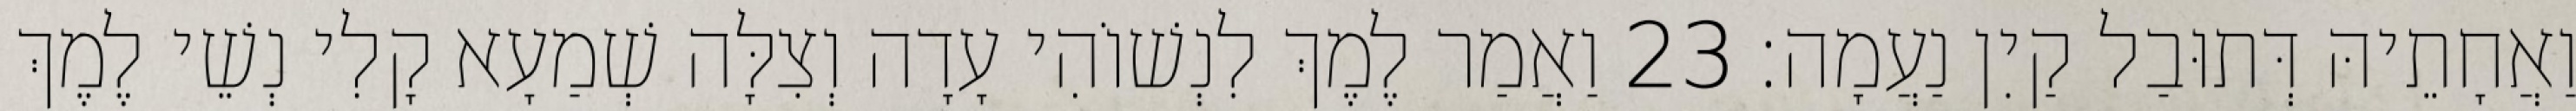
וַאֲחָתֵיהּ דְּתוּבַל קַיִן נַעֲמָה׃ 23 וַאֲמַר לֶמֶךְ לִנְשׁוֹהִי עָדָה וְצִלָּה שְׁמַעָא קָלִי נְשֵׁי לֶמֶךְ